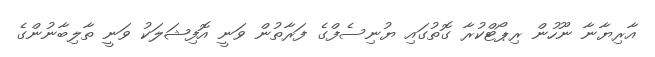
އާރިޔާނާ ނޫހުން ރިޕޯޓްކުރާ ގޮތުގައި ޔުނިސެފްގެ ފަރާތުން ވަނީ އޮފިޝަލަކު ވަނީ ތާލިބާނުންގެ